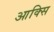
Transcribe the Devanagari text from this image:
आक्सि